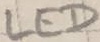
Text: LED